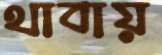
থাবায়